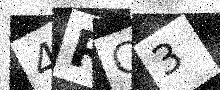
Text: 4RC3